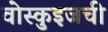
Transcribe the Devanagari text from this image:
वोस्कुइजची